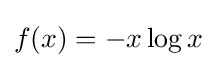
f(x)=-x\log x